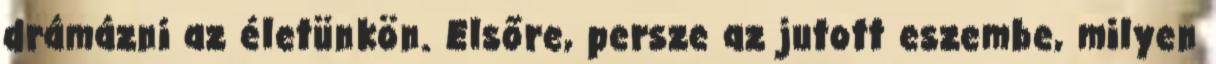
drámázni az életünkön. Elsőre, persze az jutott eszembe, milyen